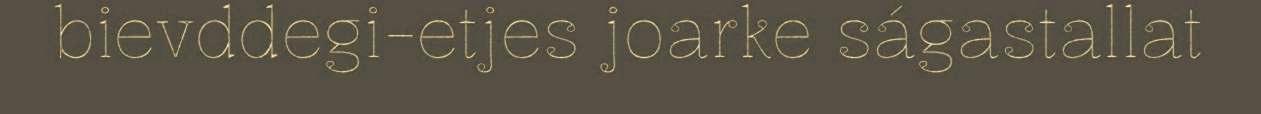
bievddegi-etjes joarke ságastallat